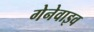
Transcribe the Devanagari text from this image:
गेनेवाइव